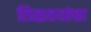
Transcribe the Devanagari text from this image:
तिळवयांचा